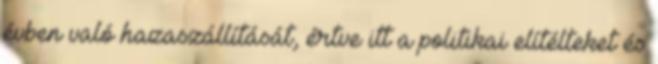
évben való hazaszállítását, értve itt a politikai elítélteket és